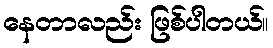
နေတာလည်း ဖြစ်ပါတယ်။